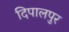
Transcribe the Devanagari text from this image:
दिपालपुर